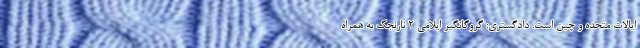
ایالات متحده و چین است. دادگستری: گروگانگیر ایلامی ۲ نارنجک به همراه